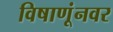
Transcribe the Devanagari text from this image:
विषाणूंनवर